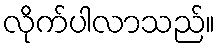
လိုက်ပါလာသည်။